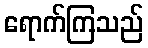
ရောက်ကြသည်